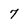
Character: 7